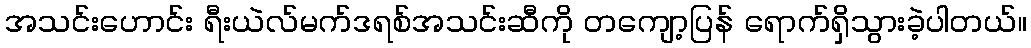
အသင်းဟောင်း ရီးယဲလ်မက်ဒရစ်အသင်းဆီကို တကျော့ပြန် ရောက်ရှိသွားခဲ့ပါတယ်။